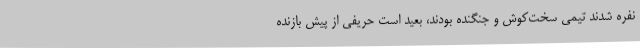
نفره شدند تیمی سخت‌کوش و جنگنده بودند، بعید است حریفی از پیش بازنده